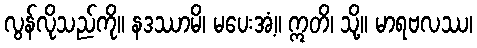
လွန်လိုသည်ကို။ နဒဿာမိ၊ မပေးအံ့။ ဣတိ၊ သို့။ မာရဗလဿ၊